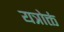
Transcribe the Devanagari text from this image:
यत्रोक्तं